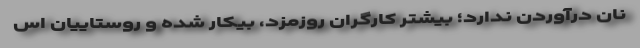
نان درآوردن ندارد؛ بیشتر کارگران روزمزد، بیکار شده و روستاییان اس